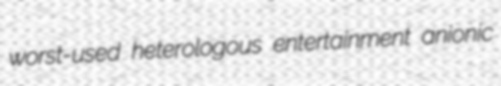
worst-used heterologous entertainment anionic